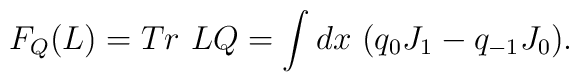
F_{Q}(L) = Tr {~} LQ = \int dx {~} (q_{0}J_{1} - q_{-1}J_{0}).